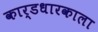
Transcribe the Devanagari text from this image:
कार्डधारकाला